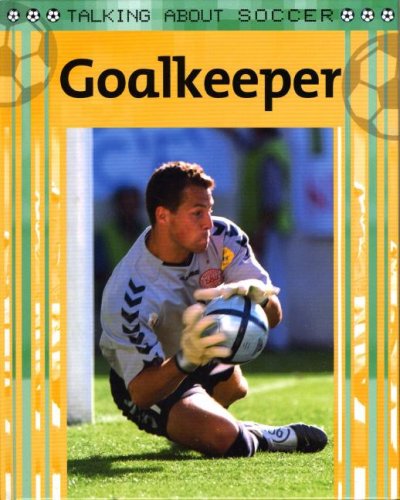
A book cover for Goalkeeper (Talking about Soccer); Clive Gifford; Children's Books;